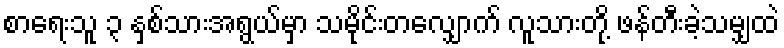
စာရေးသူ ၃ နှစ်သားအရွယ်မှာ သမိုင်းတလျှောက် လူသားတို့ ဖန်တီးခဲ့သမျှထဲ